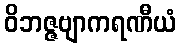
ဝိဘဇ္ဇဗျာကရဏီယံ